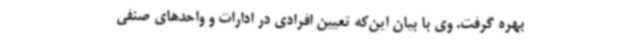
بهره گرفت. وی با بیان این‌که تعیین افرادی در ادارات و واحدهای صنفی